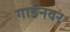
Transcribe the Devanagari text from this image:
गार्डनवर